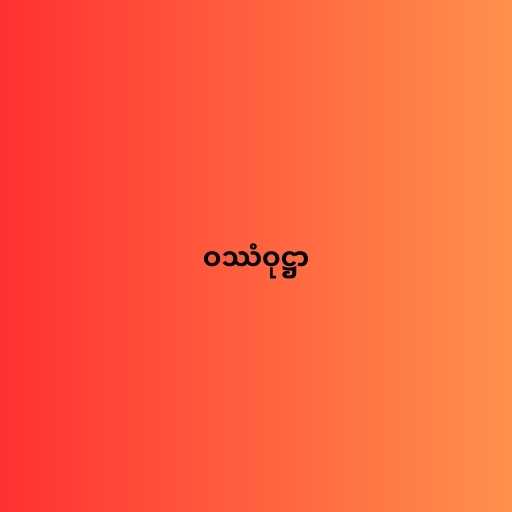
ဝဿံဝုဋ္ဌာ